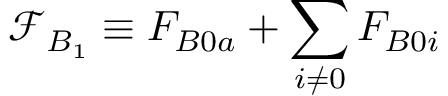
\mathcal { F } _ { B _ { 1 } } \equiv F _ { B 0 a } + \sum _ { i \neq 0 } F _ { B 0 i }